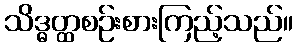
သိဒ္ဓတ္ထစဉ်းစားကြည့်သည်။